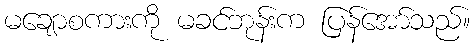
မချောစကားကို မခင်ဘုန်းက ပြန်အော်သည်။